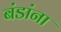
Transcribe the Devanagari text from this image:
बंडांना